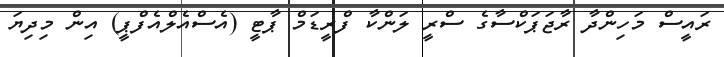
ރައީސް މަހިންދާ ރާޖަޕަކްސާގެ ސްރީ ލަންކާ ފްރީޑަމް ޕާޓީ (އެސްއެލްއެފްޕީ) އިން މިދިޔަ